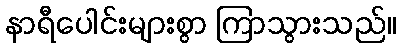
နာရီပေါင်းများစွာ ကြာသွားသည်။